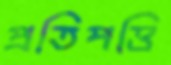
প্রতিপত্তি